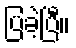
ပြခဲ့ပြီ။